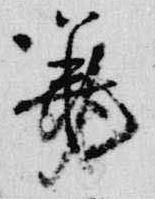
筆